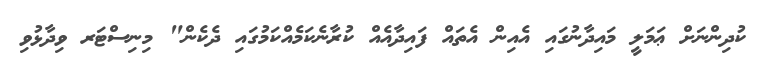
ކުދިންނަށް ޢަމަލީ މައިދާނުގައި އެއިން އެތައް ފައިދާއެއް ކުރާނެކަމެއްކަމުގައި ދެކެން" މިނިސްޓަރ ވިދާޅުވި